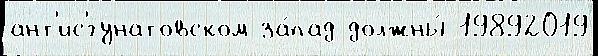
ант'ис'́гунатовском за́пад должны́ 19892019